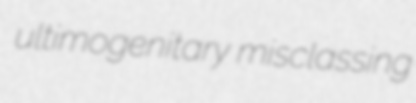
ultimogenitary misclassing